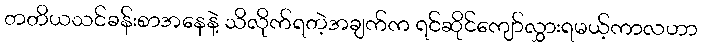
တတိယသင်ခန်းစာအနေနဲ့ သိလိုက်ရတဲ့အချက်က ရင်ဆိုင်ကျော်လွှားရမယ့်ကာလဟာ